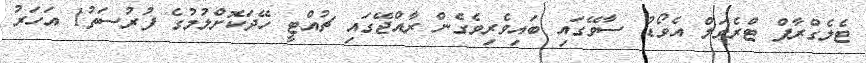
ޓެލެގްރާފް ޓްރެވަލް އެވޯޑު ސާވޭގައި ބައިވެރިވެގެން ރާއްޖޭގައި ޗުއްޓީ ހޭދަކޮށްލުމުގެ ފުރުސަތު1 އަހަރު